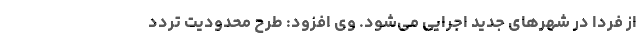
از فردا در شهرهای جدید اجرایی می‌شود. وی افزود:‌ طرح محدودیت تردد